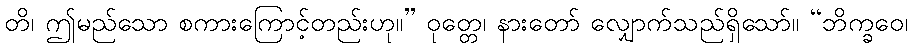
တိ၊ ဤမည်သော စကားကြောင့်တည်းဟု။” ဝုတ္တေ၊ နားတော် လျှောက်သည်ရှိသော်။ “ဘိက္ခဝေ၊